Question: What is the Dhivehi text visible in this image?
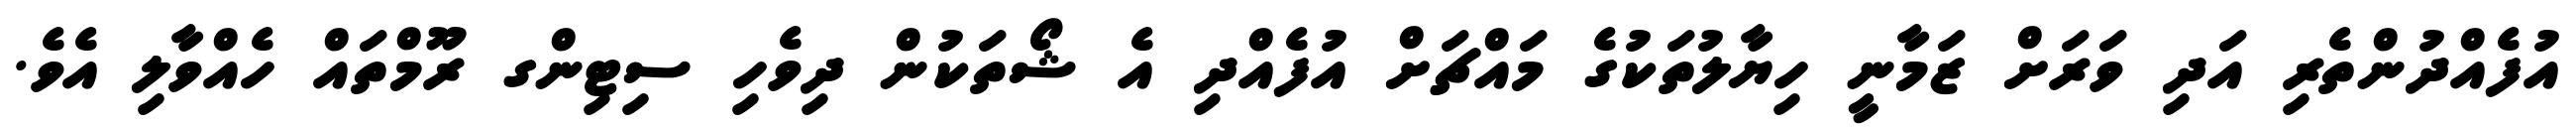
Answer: އުފެއްދުންތެރި އަދި ވަރަށް ޒަމާނީ ހިޔާލުތަކުގެ މައްޗަށް އުފެއްދި އެ ޝޯތަކުން ދިވެހި ސިޓިންގ ރޫމްތައް ހެއްވާލި އެވެ.